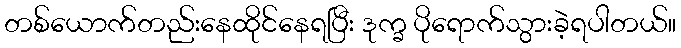
တစ်ယောက်တည်းနေထိုင်နေရပြီး ဒုက္ခ ပိုရောက်သွားခဲ့ရပါတယ်။